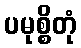
ပမုစ္စိတုံ